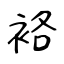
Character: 袼